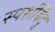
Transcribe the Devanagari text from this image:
स्पर्शबिंदु